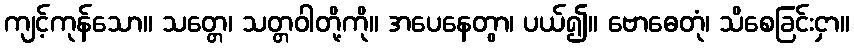
ကျင့်ကုန်သော။ သတ္တေ၊ သတ္တဝါတို့ကို။ အပေနေတွာ၊ ပယ်၍။ ဗောဓေတုံ၊ သိစေခြင်းငှာ။